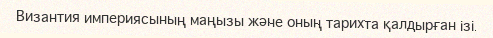
Византия империясының маңызы және оның тарихта қалдырған ізі.